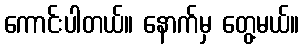
ကောင်းပါတယ်။ နောက်မှ တွေ့မယ်။